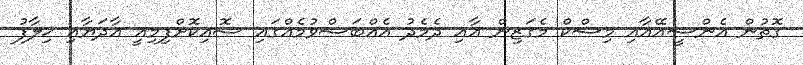
ގޮތުން އެންސީއޭއާއި މިސްކް މެގަޒިން އާއި ދެމެދު އެއްބަސްވުމެއްގައި ސޮއިކޮށްފިމިއީ އާދަޔާއި ޚިލާފު